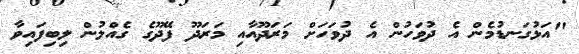
"އަޅުގަނޑުމެން އެ ދުވަހުން އެ ދުވަހަށް މަރަދޫއާއި މަރަދޫ ފޭދޫގެ ގެއްލުން ލިބިފައިވާ